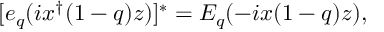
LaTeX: [ e _ { q } ( i x ^ { \dagger } ( 1 - q ) z ) ] ^ { * } = E _ { q } ( - i x ( 1 - q ) z ) ,